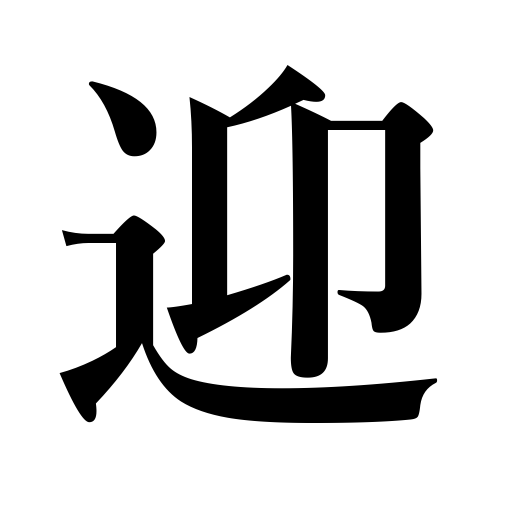
Meanings: engage,meet,greet,welcome,invite